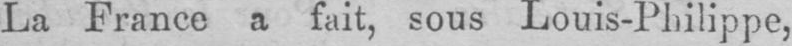
La France a fait, sous Louis-Philippe,